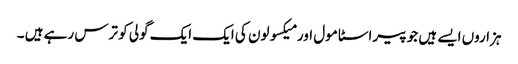
ہزاروں ایسے ہیں جو پیراسٹا مول اور میکسولون کی ایک ایک گولی کو ترس رہے ہیں ۔